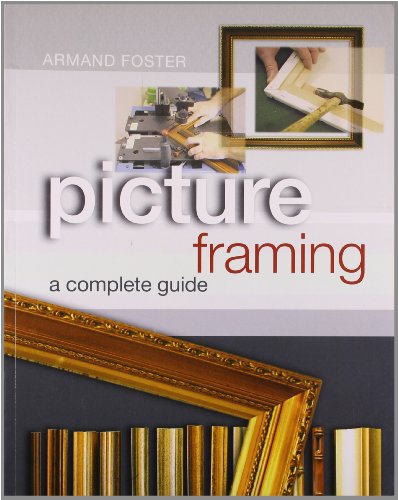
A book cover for Picture Framing: A Complete Guide; Armand Foster; Crafts, Hobbies & Home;